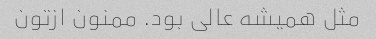
مثل همیشه عالی بود. ممنون ازتون